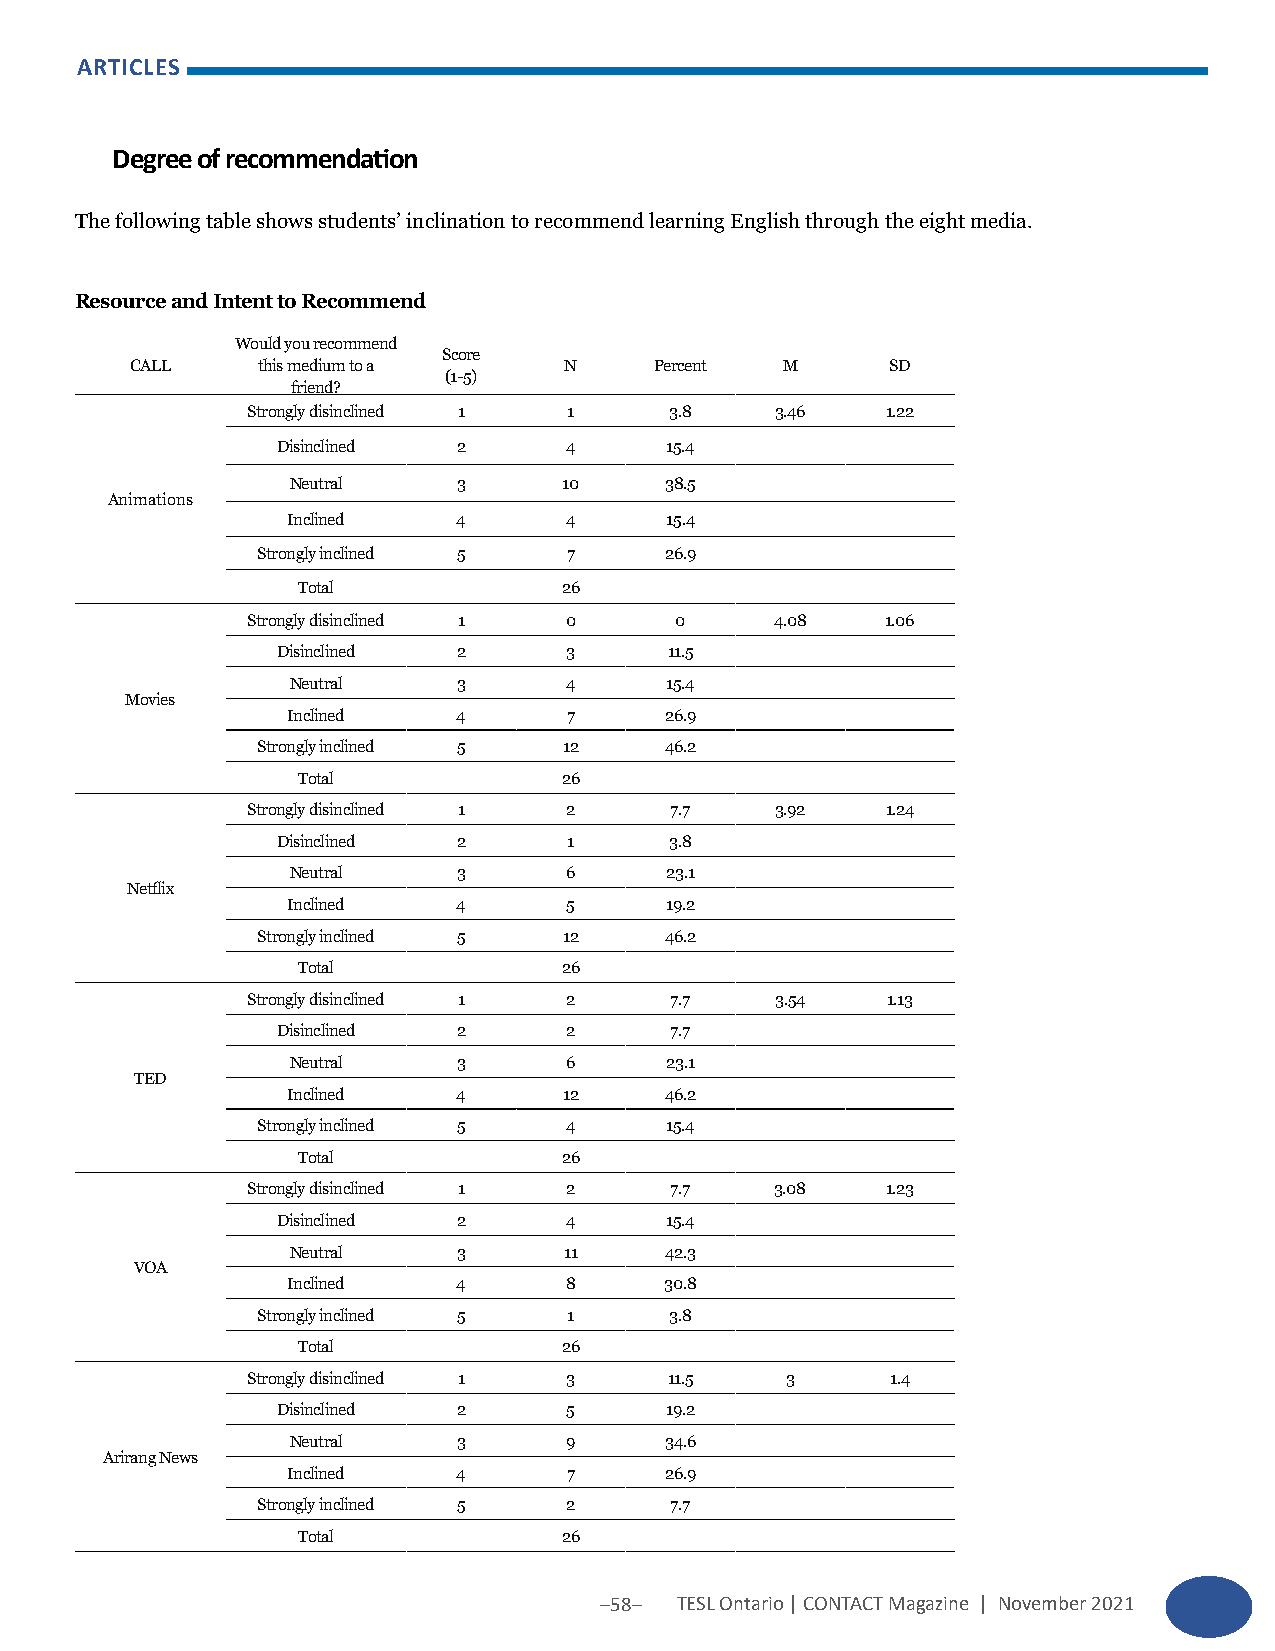
ARTICLES
 Degree of recommendation
 The following table shows students’ inclination to recommend learning English through the eight media.
 Resource and Intent to Recommend
 Would you recommend
 Score
 CALL    this medium to a    N     Percent  M      SD
 (1-5)
 friend?
 Strongly disinclined 1 1    3.8    3.46    1.22
 Disinclined 2      4      15.4
 Neutral    3      10     38.5
 Animations
 Inclined   4      4      15.4
 Strongly inclined 5  7     26.9
 Total            26
 Strongly disinclined 1 0     0     4.08    1.06
 Disinclined 2      3      11.5
 Neutral    3      4      15.4
 Movies
 Inclined   4       7     26.9
 Strongly inclined 5 12     46.2
 Total            26
 Strongly disinclined 1 2    7.7    3.92    1.24
 Disinclined 2       1     3.8
 Neutral    3      6      23.1
 Netflix
 Inclined   4       5     19.2
 Strongly inclined 5 12     46.2
 Total            26
 Strongly disinclined 1 2    7.7    3.54    1.13
 Disinclined 2      2      7.7
 Neutral    3      6      23.1
 TED
 Inclined   4      12     46.2
 Strongly inclined 5 4      15.4
 Total            26
 Strongly disinclined 1 2    7.7    3.08    1.23
 Disinclined 2      4      15.4
 Neutral    3      11     42.3
 VOA
 Inclined   4      8      30.8
 Strongly inclined 5  1     3.8
 Total            26
 Strongly disinclined 1 3    11.5    3      1.4
 Disinclined 2       5     19.2
 Neutral    3      9      34.6
 Arirang News
 Inclined   4       7     26.9
 Strongly inclined 5 2      7.7
 Total            26
 –58– TESL Ontario | CONTACT Magazine | November 2021